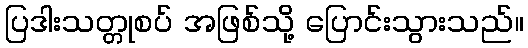
ပြဒါးသတ္တုစပ် အဖြစ်သို့ ပြောင်းသွားသည်။